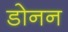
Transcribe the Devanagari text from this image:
डोनन